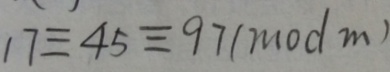
1 7 \equiv 4 5 \equiv 9 7 ( m o d m )